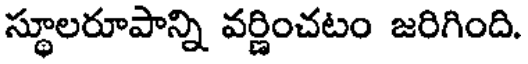
స్థూలరూపాన్ని వర్ణించటం జరిగింది.